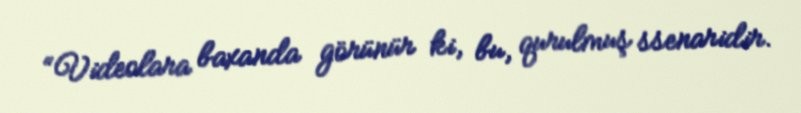
“Videolara baxanda görünür ki, bu, qurulmuş ssenaridir.